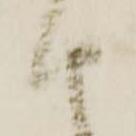
由